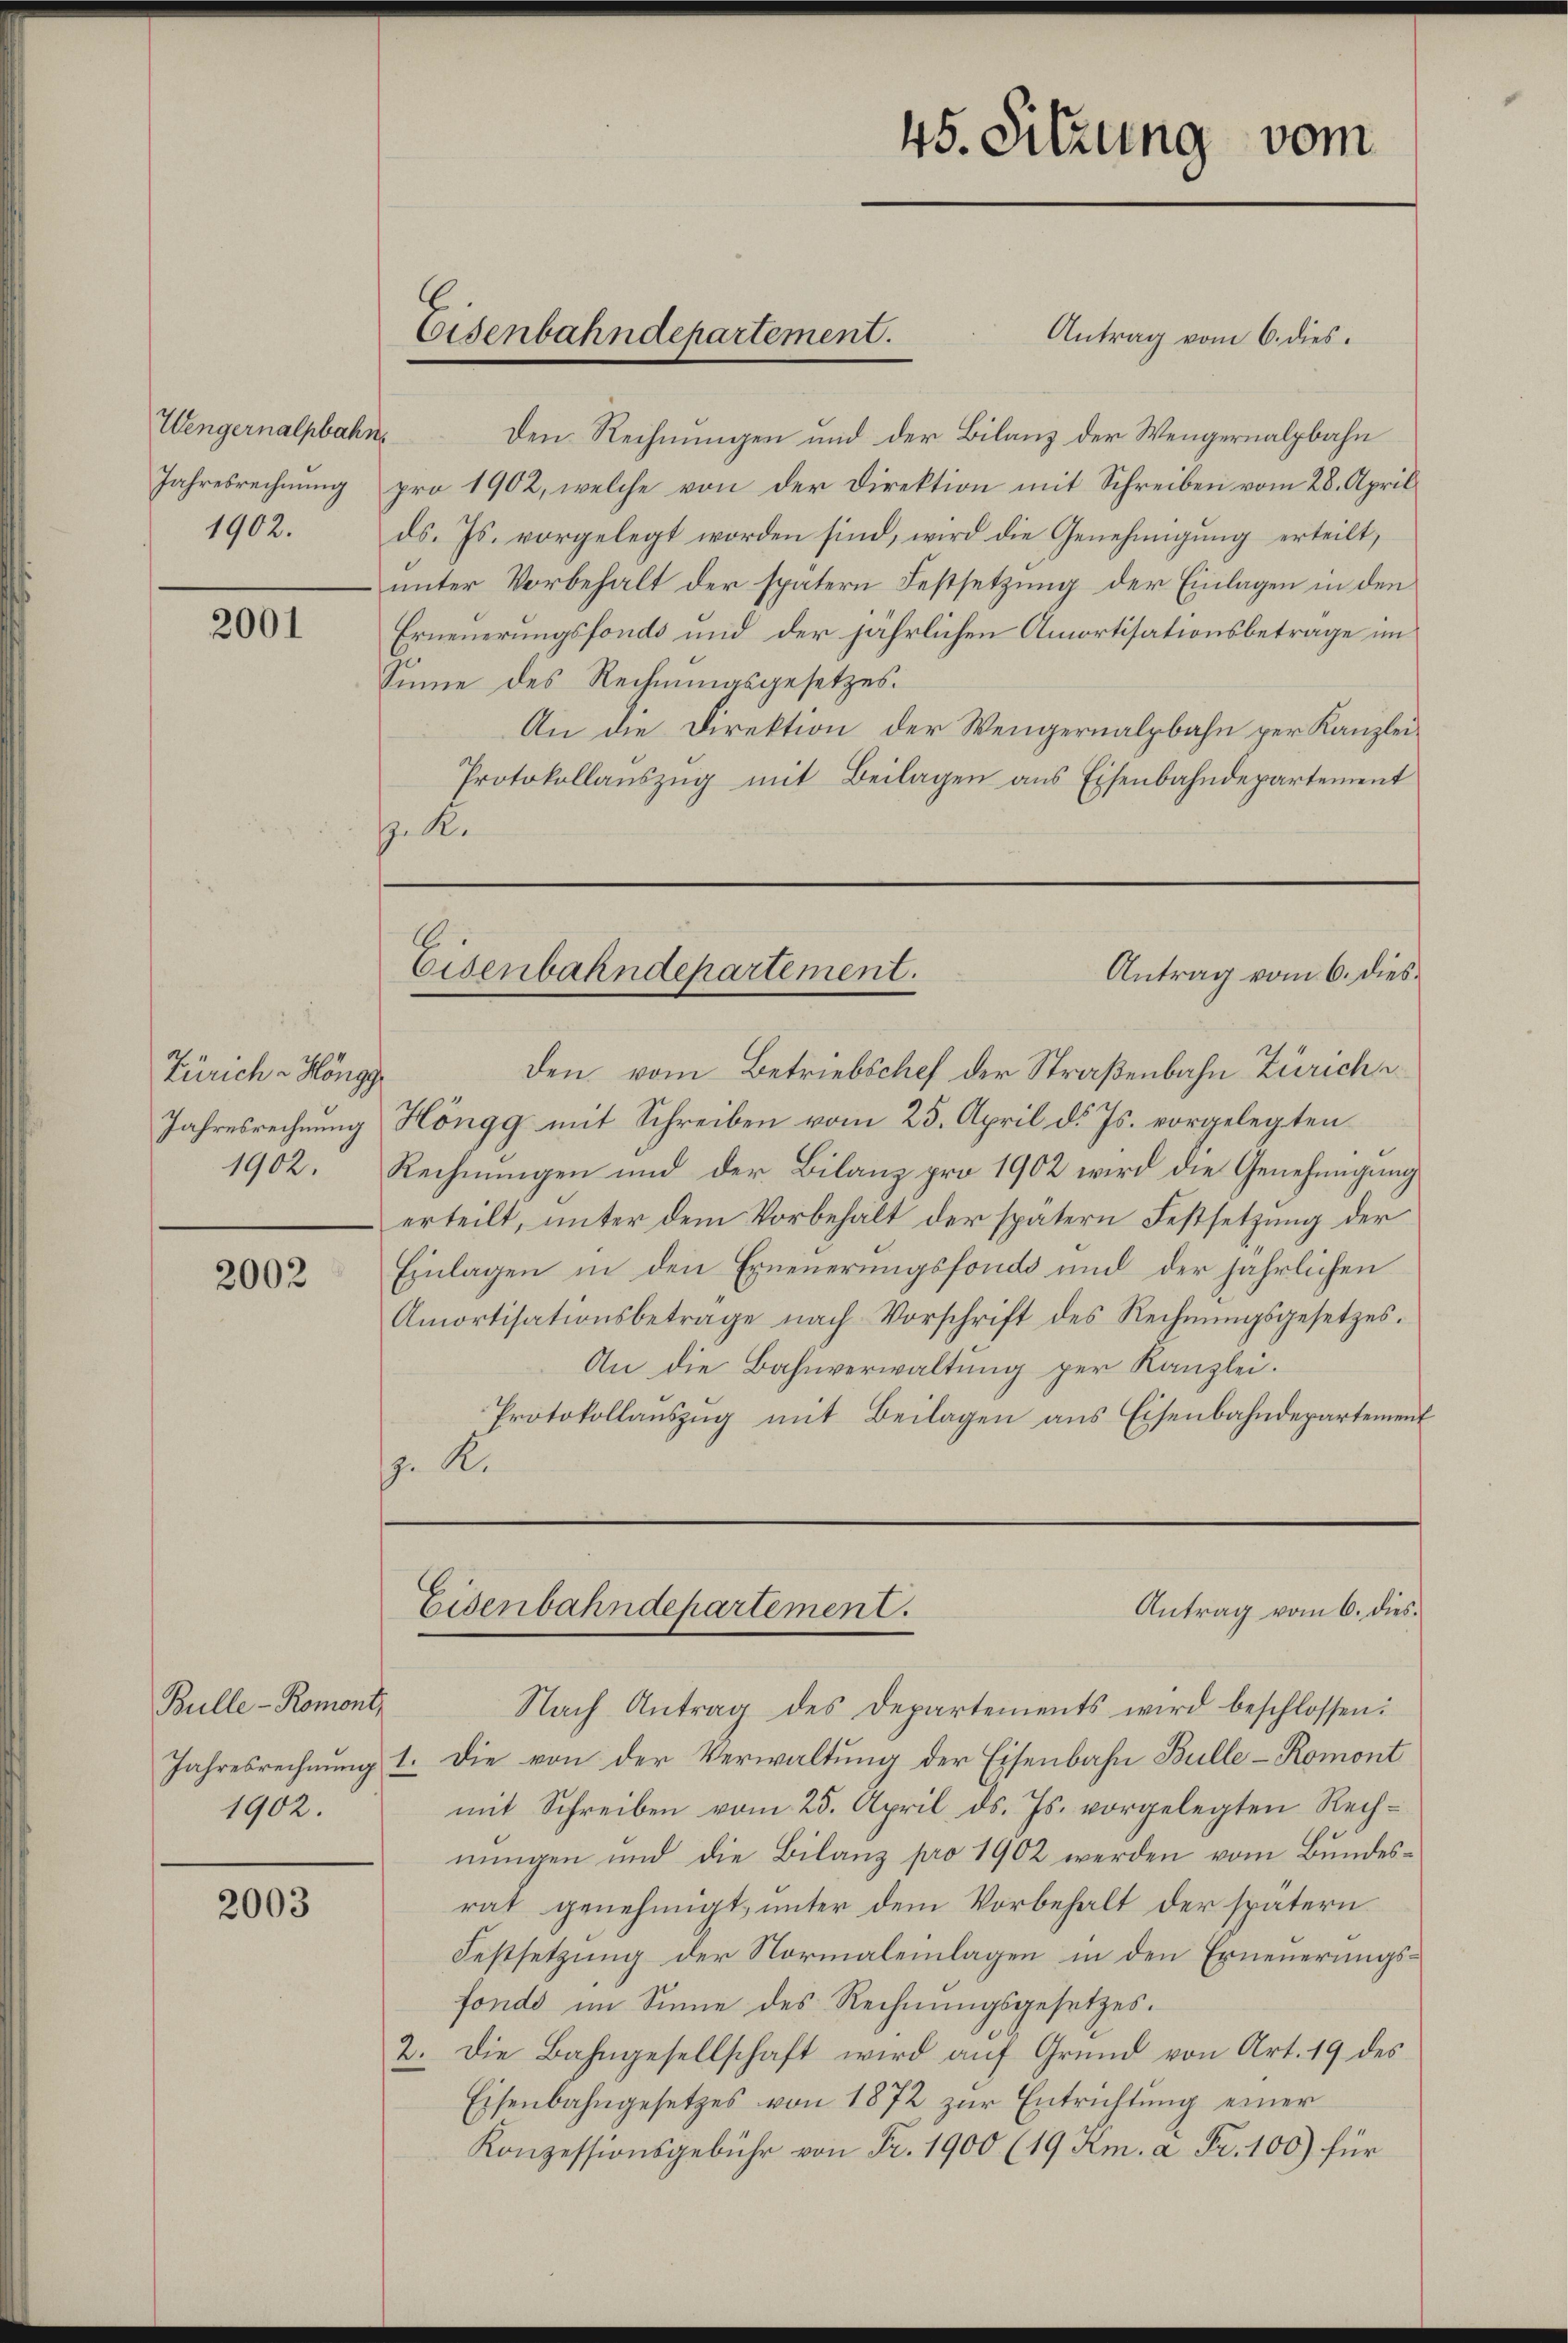
Wengernalpbahn
Jahresrechnung

2001

Zürich - Höngg
Jahresrechnung

2002

Bulle - Romont,
1902.

2003

Antrag vom 6. dies
den Rechnungen und der Bilanz der Wengernalbahn
pro 1902, welche von der Direktion mit Schreiben vom 28. April
1902. ds. Js. vorgelegt worden sind, wird die Genehmigung erteilt,
unter Vorbehalt der spätern Festsetzung der Einlagen in den
Erneuerungsfonds und der jährlichen Amortisationsbetrage im
Sinne des Rechnungsgesetzes.
An die Direktion der Wengernalpbahn per Kanzlei¬
Protokollaŭszŭg mit Beilagen ans Eisenbahndepartement
z. R.

Eisenbahndepartement.

den vom Betriebschef der Straßenbahn Zürich
Höngg mit Schreiben vom 25. April d. Js. vorgelegten
1902. Rechnungen und der Bilanz pro 1902 wird die Genehmigung
erteilt, unter dem Vorbehält der spätern Festsetzung der
Einlagen in den Erneuerungsfonds und der jährlichen
Amortisationsbeträge nach Vorschrift des Rechnŭngsgesetzes.
An die Bahnverwaltung per Kanzlei.
Protokollaŭszŭg mit Beilagen ans Eisenbahndepartement
z. R.

45. Sitzung vom

Eisenbahndepartement.
Antrag vom 6. dies¬

Nach Antrag des Departements wird beschlossen:
Jahresrechnung 1. Die von der Verwaltung der Eisenbahn Bulle-Romont
mit Schreiben vom 25. April d. Js. vorgelegten Rechnungen und die Bilanz pro 1902 werden vom Bundesrat genehmigt, unter dem Vorbehalt der spätern
Festsetzung der Normaleilagen in den Erneuerungsfondo im Sinne des Rechnungsgesetzes.
2. Die Bahngesellschaft wird aŭf Grŭnd von Art. 19 des
Eisenbahngesetzes von 1872 zur Entrichtung einer
Konzessionsgebühr von Fr. 1900 (19 Km. à Fr. 100) für

Antrag vom 6. dies
Eisenbahndepartement.